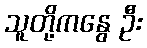
သူတို့ကနွေ ဦး